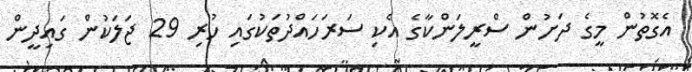
އެގޮތުން މީގެ ދަށުން ސްރީލަންކާގެ އެކި ސަރަހައްދުތަކުގައި ހުރި 29 ޖަލަކުން ގައިދީން